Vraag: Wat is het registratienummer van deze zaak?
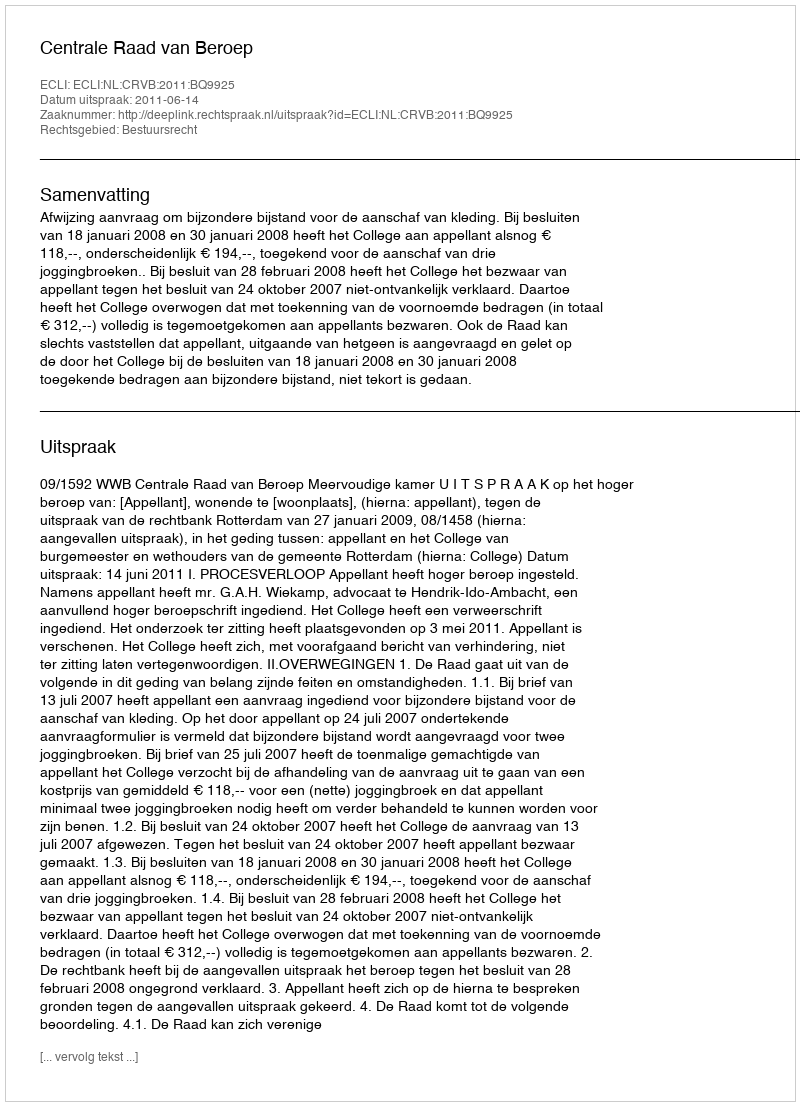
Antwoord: http://deeplink.rechtspraak.nl/uitspraak?id=ECLI:NL:CRVB:2011:BQ9925